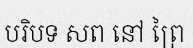
បរិបទ សព នៅ ព្រៃ